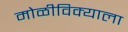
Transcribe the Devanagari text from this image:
मोळीविक्याला